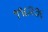
૧૧૮૨૭૬